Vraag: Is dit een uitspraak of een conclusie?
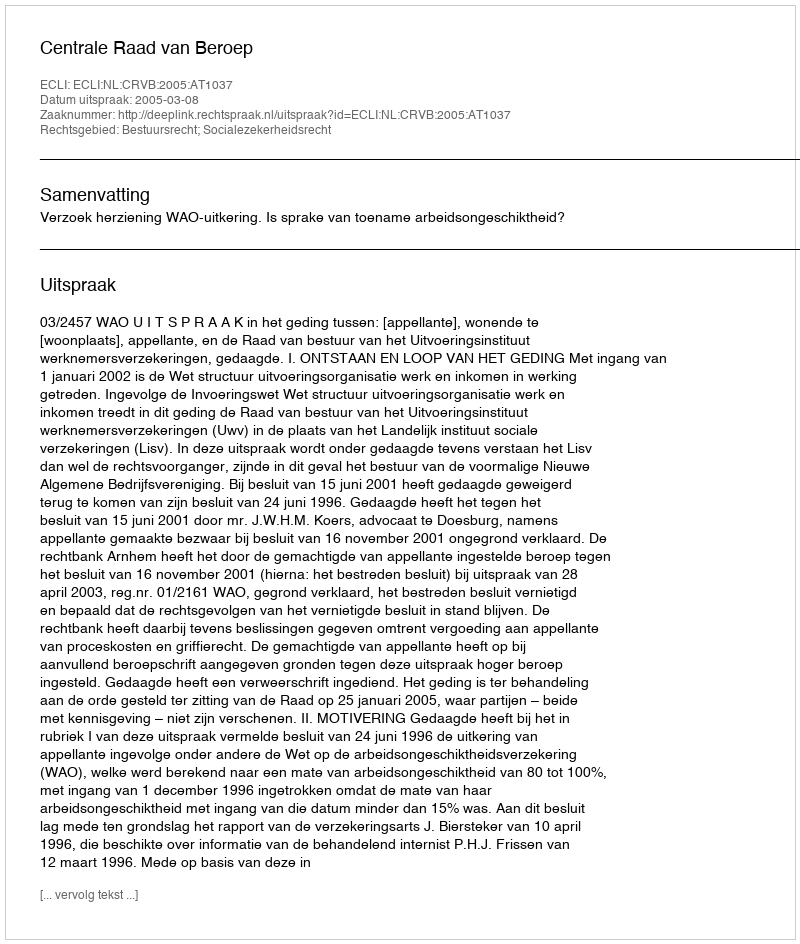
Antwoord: Uitspraak